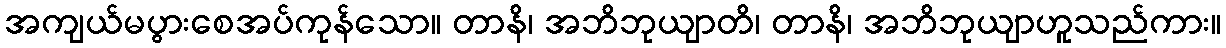
အကျယ်မပွားစေအပ်ကုန်သော။ တာနိ၊ အဘိဘုယျာတိ၊ တာနိ၊ အဘိဘုယျာဟူသည်ကား။